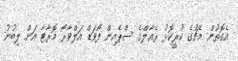
އެގޮތުން މެޗުގެ ކުރީކޮޅު ރެއާލްގެ ސްޕެއިން ފޯވަޑް އަލްވާރޯ މޮރާޓާ އަށް ލިބުނު